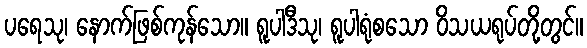
ပရေသု၊ နောက်ဖြစ်ကုန်သော။ ရူပါဒီသု၊ ရူပါရုံစသော ဝိသယရုပ်တို့တွင်။